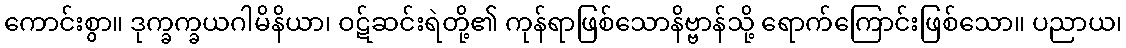
ကောင်းစွာ။ ဒုက္ခက္ခယဂါမိနိယာ၊ ဝဋ်ဆင်းရဲတို့၏ ကုန်ရာဖြစ်သောနိဗ္ဗာန်သို့ ရောက်ကြောင်းဖြစ်သော။ ပညာယ၊